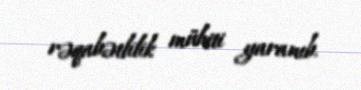
rəqabətlilik mühiti yaranıb.